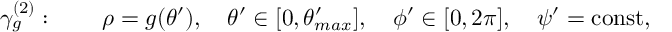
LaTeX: \gamma _ { g } ^ { ( 2 ) } : \quad \quad \rho = g ( \theta ^ { \prime } ) , \quad \theta ^ { \prime } \in [ 0 , \theta _ { m a x } ^ { \prime } ] , \quad \phi ^ { \prime } \in [ 0 , 2 \pi ] , \quad \psi ^ { \prime } = \mathrm { c o n s t } ,